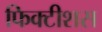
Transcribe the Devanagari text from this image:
फिक्टीशस